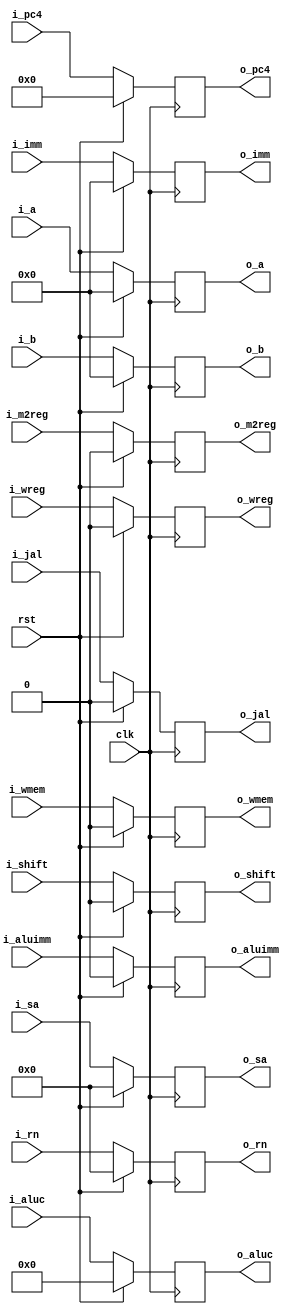
module pipedereg(i_wreg,i_m2reg,i_wmem,i_aluc,i_aluimm,i_a,i_b,i_imm,i_rn,i_shift,i_jal,i_pc4,i_sa,clk,rst,o_wreg,o_m2reg,o_wmem,o_aluc,o_aluimm,o_a,o_b,o_imm,o_rn,o_shift,o_jal,o_pc4,o_sa);
  input wire clk, rst,i_wreg,i_m2reg,i_wmem,i_aluimm,i_shift,i_jal;
  input wire [3:0] i_aluc;
  input wire [7:0] i_pc4;
  input wire [31:0] i_a,i_b,i_imm;
  input wire [4:0] i_rn,i_sa;
  output reg o_wreg,o_m2reg,o_wmem,o_aluimm,o_shift,o_jal;
  output reg [3:0] o_aluc;
  output reg [7:0] o_pc4;
  output reg [31:0] o_a,o_b,o_imm;
  output reg [4:0] o_rn,o_sa;
  always @(posedge clk) begin
  if (rst) begin 
	o_wreg<=0;
	o_m2reg<=0;
	o_wmem<=0;
	o_aluc<=0;
	o_aluimm<=0;
	o_a<=0;
	o_b<=0;
	o_imm<=0;
	o_rn<=0;
	o_shift<=0;
	o_jal<=0;
	o_pc4<=0;
	o_sa<=0;
	end
//if reset signal is given, turn to the first instruction
  else begin 
	o_wreg<=i_wreg;
	o_m2reg<=i_m2reg;
	o_wmem<=i_wmem;
	o_aluc<=i_aluc;
	o_aluimm<=i_aluimm;
	o_a<=i_a;
	o_b<=i_b;
	o_imm<=i_imm;
	o_rn<=i_rn;
	o_shift<=i_shift;
	o_jal<=i_jal;
	o_pc4<=i_pc4;
	o_sa<=i_sa;
  end
//PC count change (how to change is determined by i_pc)
  end
endmodule